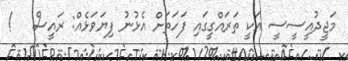
މަޖީދުއީސީސީ އަކީ ތަރައްގީގައި ފަހަތަށް އެޅުނު ފިޔަވަޅެއް: ރައީސް   !